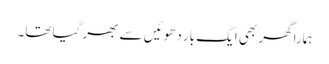
ہمارا گھر بھی ایک بار دھوئیں سے بھر گیا تھا۔